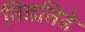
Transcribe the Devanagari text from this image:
तिडतिडे